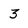
Character: 3